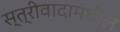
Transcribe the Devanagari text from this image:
स्त्रीवादामधील